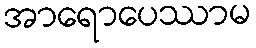
အာရောပေဿာမ